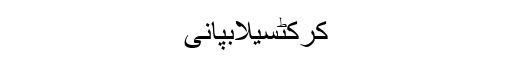
کرکٹسیلابپانی